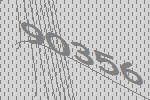
90356